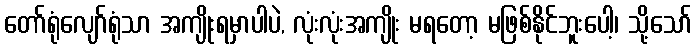
တော်ရုံလျော်ရုံသာ အကျိုးရမှာပါပဲ, လုံးလုံးအကျိုး မရတော့ မဖြစ်နိုင်ဘူးပေါ့၊ သို့သော်